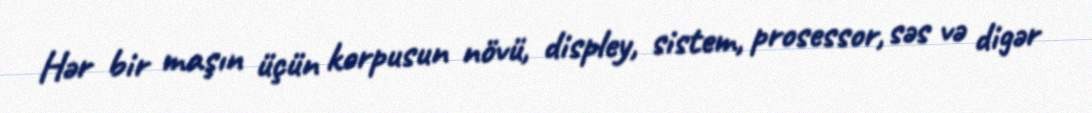
Hər bir maşın üçün korpusun növü, displey, sistem, prosessor, səs və digər